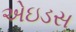
એઇડસ